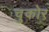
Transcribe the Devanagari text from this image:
चुकोर